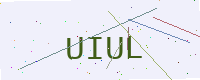
Text: UIUL